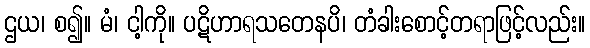
ဌယ၊ စ၍။ မံ၊ ငါ့ကို။ ပဋိဟာရသတေနပိ၊ တံခါးစောင့်တရာဖြင့်လည်း။